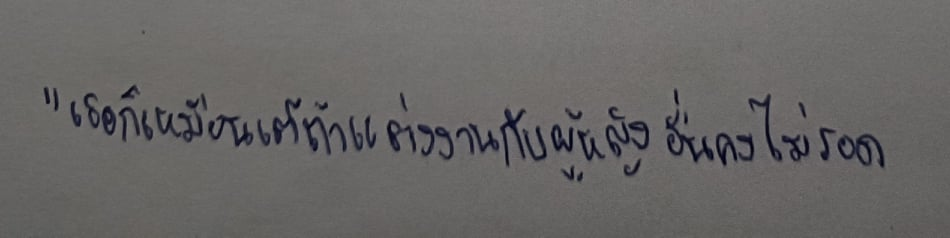
"เธอก็เหมือนเต้ถ้าแต่งงานกับผู้หญิงอื่นคงไม่รอด